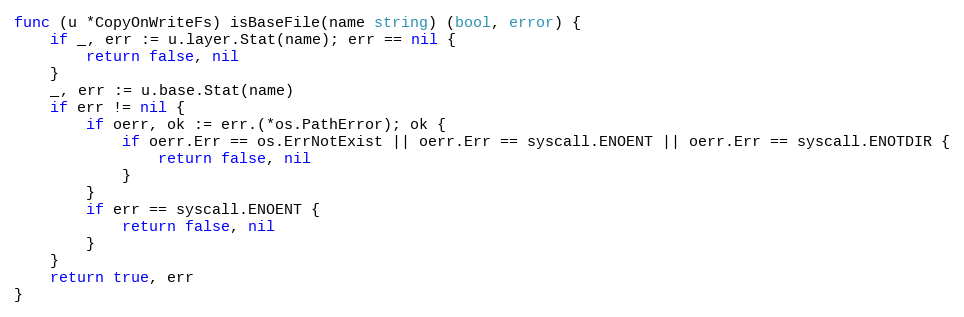
Language: Go
func (u *CopyOnWriteFs) isBaseFile(name string) (bool, error) {
	if _, err := u.layer.Stat(name); err == nil {
		return false, nil
	}
	_, err := u.base.Stat(name)
	if err != nil {
		if oerr, ok := err.(*os.PathError); ok {
			if oerr.Err == os.ErrNotExist || oerr.Err == syscall.ENOENT || oerr.Err == syscall.ENOTDIR {
				return false, nil
			}
		}
		if err == syscall.ENOENT {
			return false, nil
		}
	}
	return true, err
}